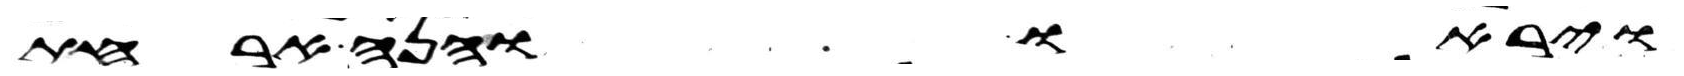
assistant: ויראו והנה ארחת